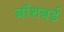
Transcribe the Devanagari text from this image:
बॉशबर्ड